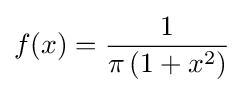
f(x)={\frac {1}{\pi \left(1+x^{2}\right)}}